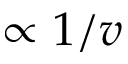
\propto 1 / v